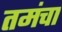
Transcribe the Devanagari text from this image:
तमंचा